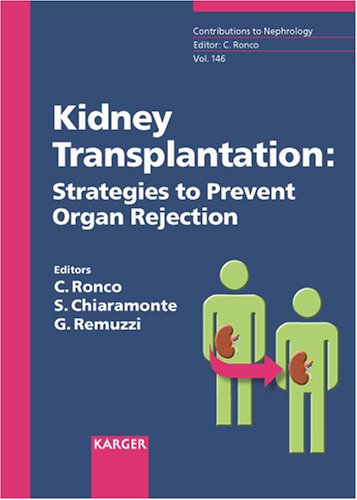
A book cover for Kidney Transplantation: Strategies to Prevent Organ Rejection (Contributions to Nephrology, Vol. 146); Health, Fitness & Dieting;